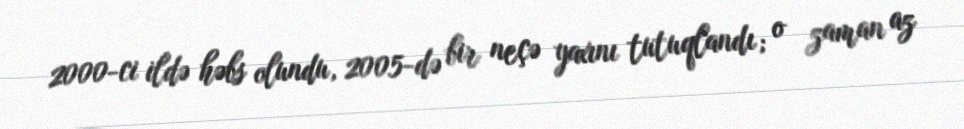
2000-ci ildə həbs olundu, 2005-də bir neçə yaxını tutuqlandı; o zaman az